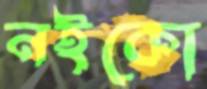
নইকো